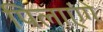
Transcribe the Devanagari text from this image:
पिलाएंगे